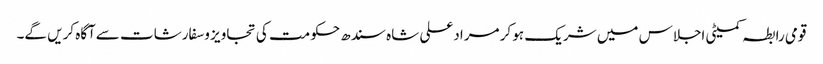
قومی رابطہ کمیٹی اجلاس میں شریک ہو کر مرادعلی شاہ سندھ حکومت کی تجاویز وسفارشات سےآگاہ کریں گے۔